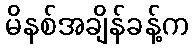
မိနစ်အချိန်ခန့်က